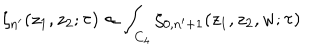
\zeta _ { n ^ { \prime } } ( z _ { 1 } , z _ { 2 } ; \tau ) \propto \int _ { C _ { 4 } } \zeta _ { 0 , n ^ { \prime } + 1 } ( z _ { 1 } , z _ { 2 } , w ; \tau )